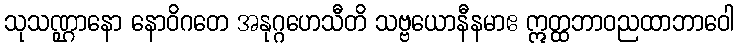
သုသဏ္ဌာနော နောဝိဂတေ အနုဂ္ဂဟေသီတိ သဗ္ဗယောနီနမာဧ ဣတ္ထဘာဝညထာဘာဝေါ